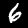
Label: 6